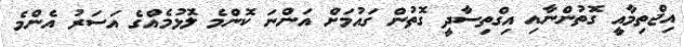
އިޖްތިމާއީ ގޮތުންނާއި އިގްތިސާދީ ގޮތުން ގައުމަށް އަންނަ ކޮންމެ ލޮޅުމެއްގެ އަސަރު އެންމެ